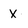
Character: x